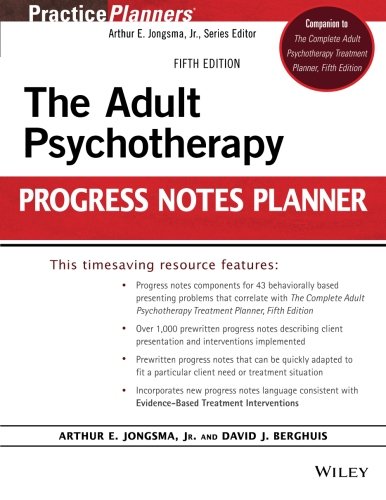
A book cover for The Adult Psychotherapy Progress Notes Planner; Arthur E. Jongsma Jr.; Medical Books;